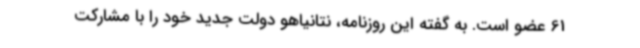
61 عضو است. به گفته این روزنامه، نتانیاهو دولت جدید خود را با مشارکت